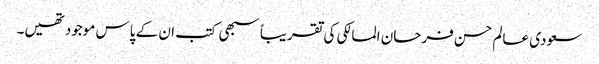
سعودی عالم حسن فرحان المالکی کی تقریباً سبھی کتب ان کے پاس موجود تھیں۔